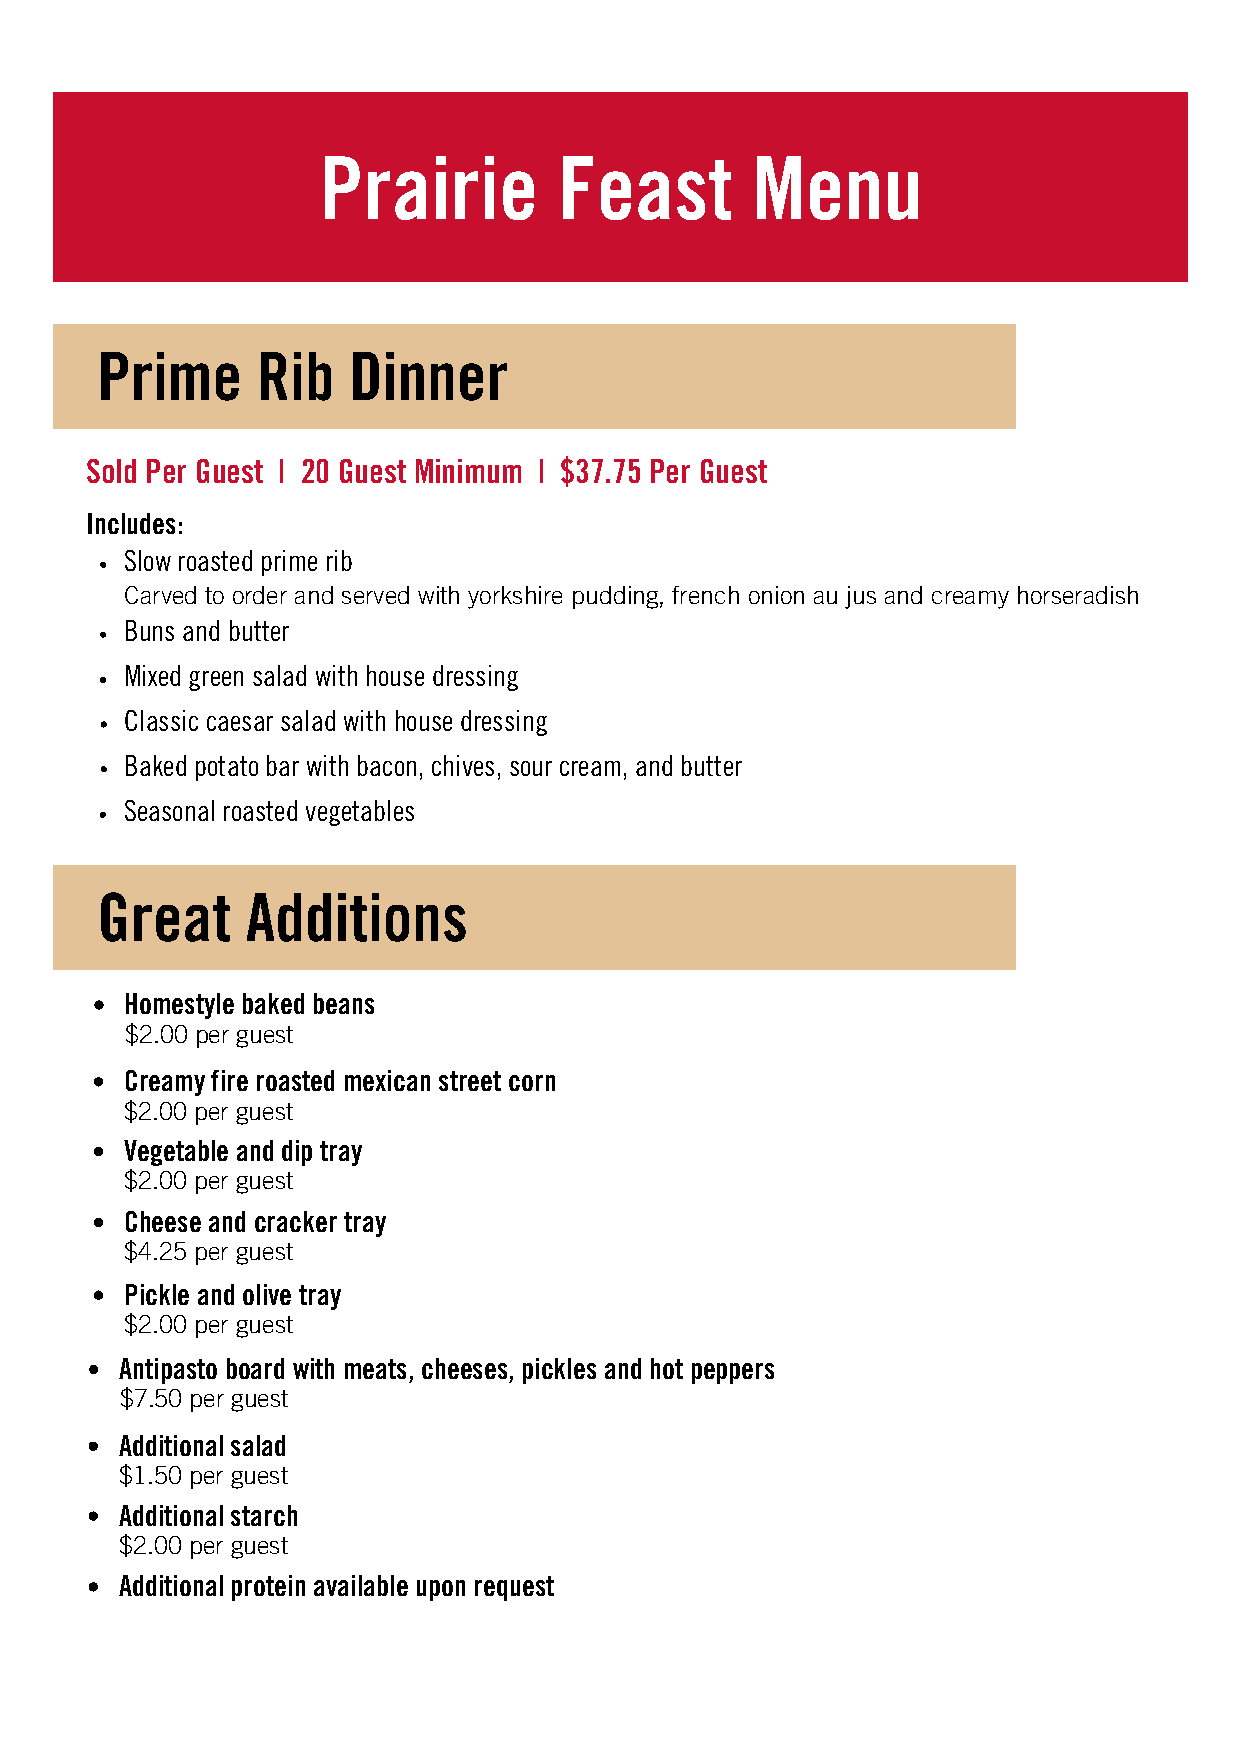
Prairie         Feast        Menu
 Prime      Rib   Dinner
 Sold Per Guest | 20 Guest Minimum | $37.75 Per Guest
 Includes:
 Slow roasted prime rib
 Carved to order and served with yorkshire pudding, french onion au jus and creamy horseradish
 Buns and butter
 Mixed green salad with house dressing
 Classic caesar salad with house dressing
 Baked potato bar with bacon, chives, sour cream, and butter
 Seasonal roasted vegetables
 Great     Additions
 Homestyle baked beans
 $2.00 per guest
 Creamy fire roasted mexican street corn
 $2.00 per guest
 Vegetable and dip tray
 $2.00 per guest
 Cheese and cracker tray
 $4.25 per guest
 Pickle and olive tray
 $2.00 per guest
 Antipasto board with meats, cheeses, pickles and hot peppers
 $7.50 per guest
 Additional salad
 $1.50 per guest
 Additional starch
 $2.00 per guest
 Additional protein available upon request